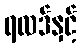
ရလဒ်နှင့်